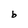
Character: b